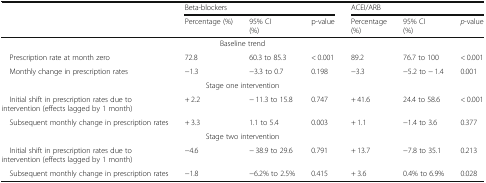
<table><thead><tr><td rowspan="2"></td><td colspan="3"><b>Beta-blockers</b></td><td colspan="3"><b>ACEI/ARB</b></td></tr><tr><td><b>Percentage (%)</b></td><td><b>95% CI(%)</b></td><td><b>p-value</b></td><td><b>Percentage(%)</b></td><td><b>95% CI(%)</b></td><td><b><i>p</i>-value</b></td></tr></thead><tbody><tr><td colspan="7">Baseline trend</td></tr><tr><td> Prescription rate at month zero</td><td>72.8</td><td>60.3 to 85.3</td><td>&lt; 0.001</td><td>89.2</td><td>76.7 to 100</td><td>&lt; 0.001</td></tr><tr><td> Monthly change in prescription rates</td><td>−1.3</td><td>−3.3 to 0.7</td><td>0.198</td><td>−3.3</td><td>−5.2 to − 1.4</td><td>0.001</td></tr><tr><td colspan="7">Stage one intervention</td></tr><tr><td> Initial shift in prescription rates due to intervention (effects lagged by 1 month)</td><td>+ 2.2</td><td>− 11.3 to 15.8</td><td>0.747</td><td>+ 41.6</td><td>24.4 to 58.6</td><td>&lt; 0.001</td></tr><tr><td> Subsequent monthly change in prescription rates</td><td>+ 3.3</td><td>1.1 to 5.4</td><td>0.003</td><td>+ 1.1</td><td>−1.4 to 3.6</td><td>0.377</td></tr><tr><td colspan="7">Stage two intervention</td></tr><tr><td> Initial shift in prescription rates due to intervention (effects lagged by 1 month)</td><td>−4.6</td><td>− 38.9 to 29.6</td><td>0.791</td><td>+ 13.7</td><td>−7.8 to 35.1</td><td>0.213</td></tr><tr><td> Subsequent monthly change in prescription rates</td><td>−1.8</td><td>−6.2% to 2.5%</td><td>0.415</td><td>+ 3.6</td><td>0.4% to 6.9%</td><td>0.028</td></tr></tbody></table>